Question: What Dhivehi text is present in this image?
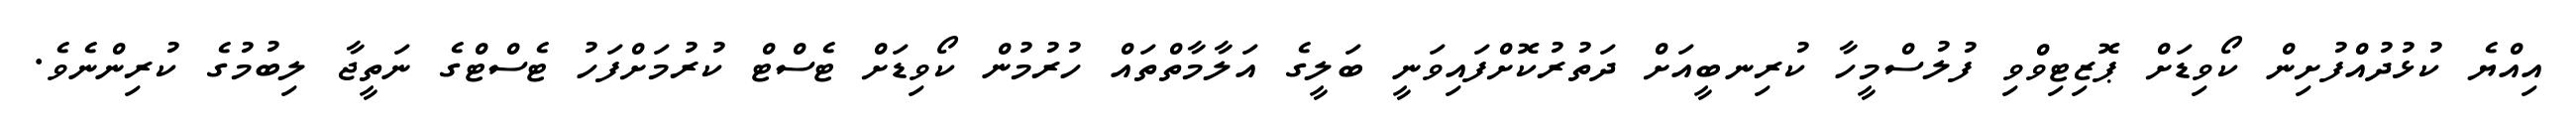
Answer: އިއްޔެ ކުޅުދުއްފުށިން ކޯވިޑަށް ޕޮޒިޓިވްވި ފުލުސްމީހާ ކުރިނބީއަށް ދަތުރުކޮށްފައިވަނީ ބަލީގެ އަލާމާތްތައް ހުރުމުން ކޯވިޑަށް ޓެސްޓް ކުރުމަށްފަހު ޓެސްޓްގެ ނަތީޖާ ލިބުމުގެ ކުރިންނެވެ.